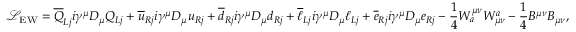
{ \mathcal { L } } _ { \mathrm { E W } } = { \overline { { Q } } } _ { L j } i \gamma ^ { \mu } D _ { \mu } Q _ { L j } + { \overline { { u } } } _ { R j } i \gamma ^ { \mu } D _ { \mu } u _ { R j } + { \overline { { d } } } _ { R j } i \gamma ^ { \mu } D _ { \mu } d _ { R j } + { \overline { { \ell } } } _ { L j } i \gamma ^ { \mu } D _ { \mu } \ell _ { L j } + { \overline { { e } } } _ { R j } i \gamma ^ { \mu } D _ { \mu } e _ { R j } - { \frac { 1 } { 4 } } W _ { a } ^ { \mu \nu } W _ { \mu \nu } ^ { a } - { \frac { 1 } { 4 } } B ^ { \mu \nu } B _ { \mu \nu } ,